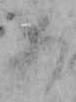
あ